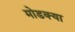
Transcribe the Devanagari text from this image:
मोडक्या